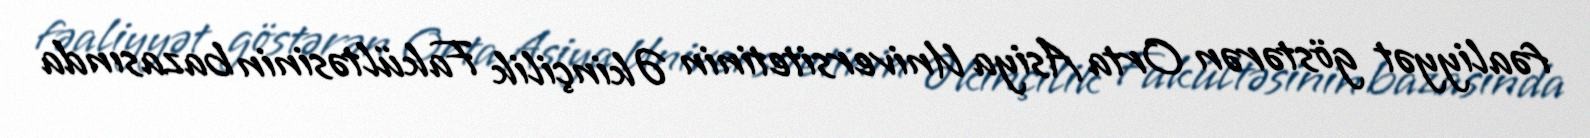
fəaliyyət göstərən Orta Asiya Universitetinin Əkinçilik Fakültəsinin bazasında